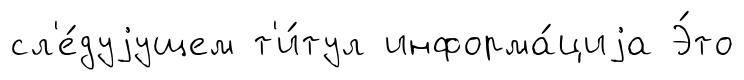
сл'е́дуjущем т'и́тул информа́циjа Э́то